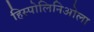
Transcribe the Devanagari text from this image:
हिस्पोलिनिओला